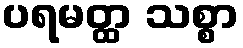
ပရမတ္ထ သစ္စာ